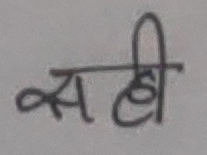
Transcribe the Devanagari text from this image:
सही